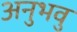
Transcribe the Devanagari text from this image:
अनुभवु